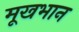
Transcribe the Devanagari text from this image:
मूखभान